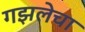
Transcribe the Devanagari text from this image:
गझलेचा